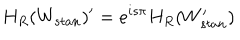
LaTeX: H _ { R } ( W _ { s t a n } ) ^ { \prime } = e ^ { i s \pi } H _ { R } ( W _ { s t a n } ^ { \prime } )